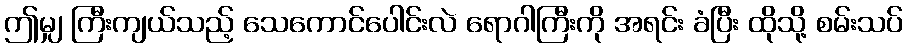
ဤမျှ ကြီးကျယ်သည့် သေကောင်ပေါင်းလဲ ရောဂါကြီးကို အရင်း ခံပြီး ထိုသို့ စမ်းသပ်